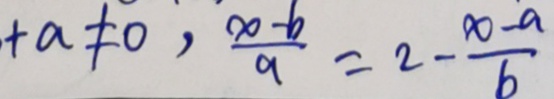
+ a \neq 0 , \frac { x - b } { a } = 2 - \frac { x - a } { b }